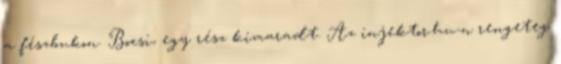
a fészbukon. Bocsi, egy rész kimaradt. Az injektor.hu-n rengeteg